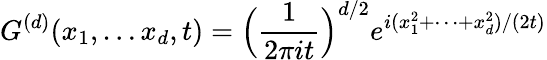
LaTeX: G^{(d)}(x_{1},\dots x_{d},t)=\Big(\frac{1}{2\pi it}\Big)^{d/2}e^{i(x_{1}^{2}+\dots+x_{d}^{2})/(2t)}